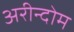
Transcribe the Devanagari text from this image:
अरीन्दोम